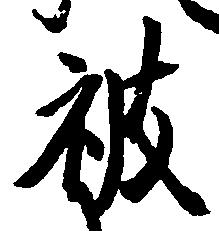
被